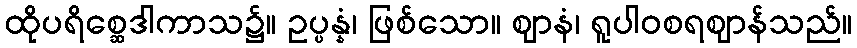
ထိုပရိစ္ဆေဒါကာသ၌။ ဥပ္ပန္နံ၊ ဖြစ်သော။ ဈာနံ၊ ရူပါဝစရဈာန်သည်။